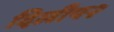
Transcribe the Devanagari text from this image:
दिलीप२